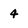
Character: 4